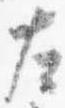
左